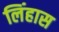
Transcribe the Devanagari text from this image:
लिंहास